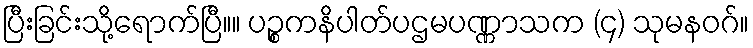
ပြီးခြင်းသို့ရောက်ပြီ။။ ပဉ္စကနိပါတ်ပဌမပဏ္ဏာသက (၄) သုမနဝဂ်။